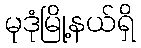
မုဒုံမြို့နယ်ရှိ